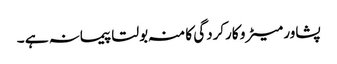
پشاور میٹرو کارکردگی کا منہ بولتا پیمانہ ہے ۔